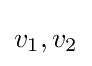
v_{1},v_{2}